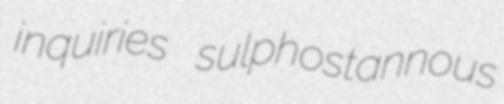
inquiries sulphostannous